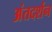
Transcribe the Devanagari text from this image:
अंतदर्शन